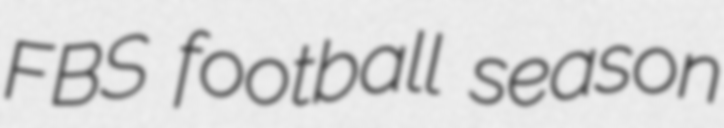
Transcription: FBS football season